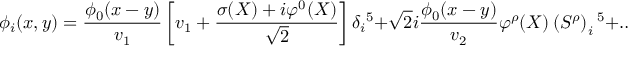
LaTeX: \phi _ { i } ( x , y ) = \frac { \phi _ { 0 } ( x - y ) } { v _ { 1 } } \left[ v _ { 1 } + \frac { \sigma ( X ) + i \varphi ^ { 0 } ( X ) } { \sqrt { 2 } } \right] \delta _ { i } { } ^ { 5 } + \sqrt { 2 } i \frac { \phi _ { 0 } ( x - y ) } { v _ { 2 } } \varphi ^ { \rho } ( X ) \left( S ^ { \rho } \right) _ { i } { } ^ { 5 } + \ldots ,